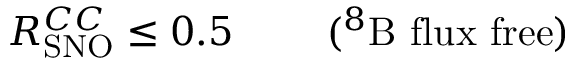
R _ { \mathrm { S N O } } ^ { C C } \leq 0 . 5 \ \ \ \ \ \ \ ( ^ { 8 } { \mathrm { B \ f l u x \ f r e e } } )